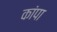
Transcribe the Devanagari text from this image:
कांपा